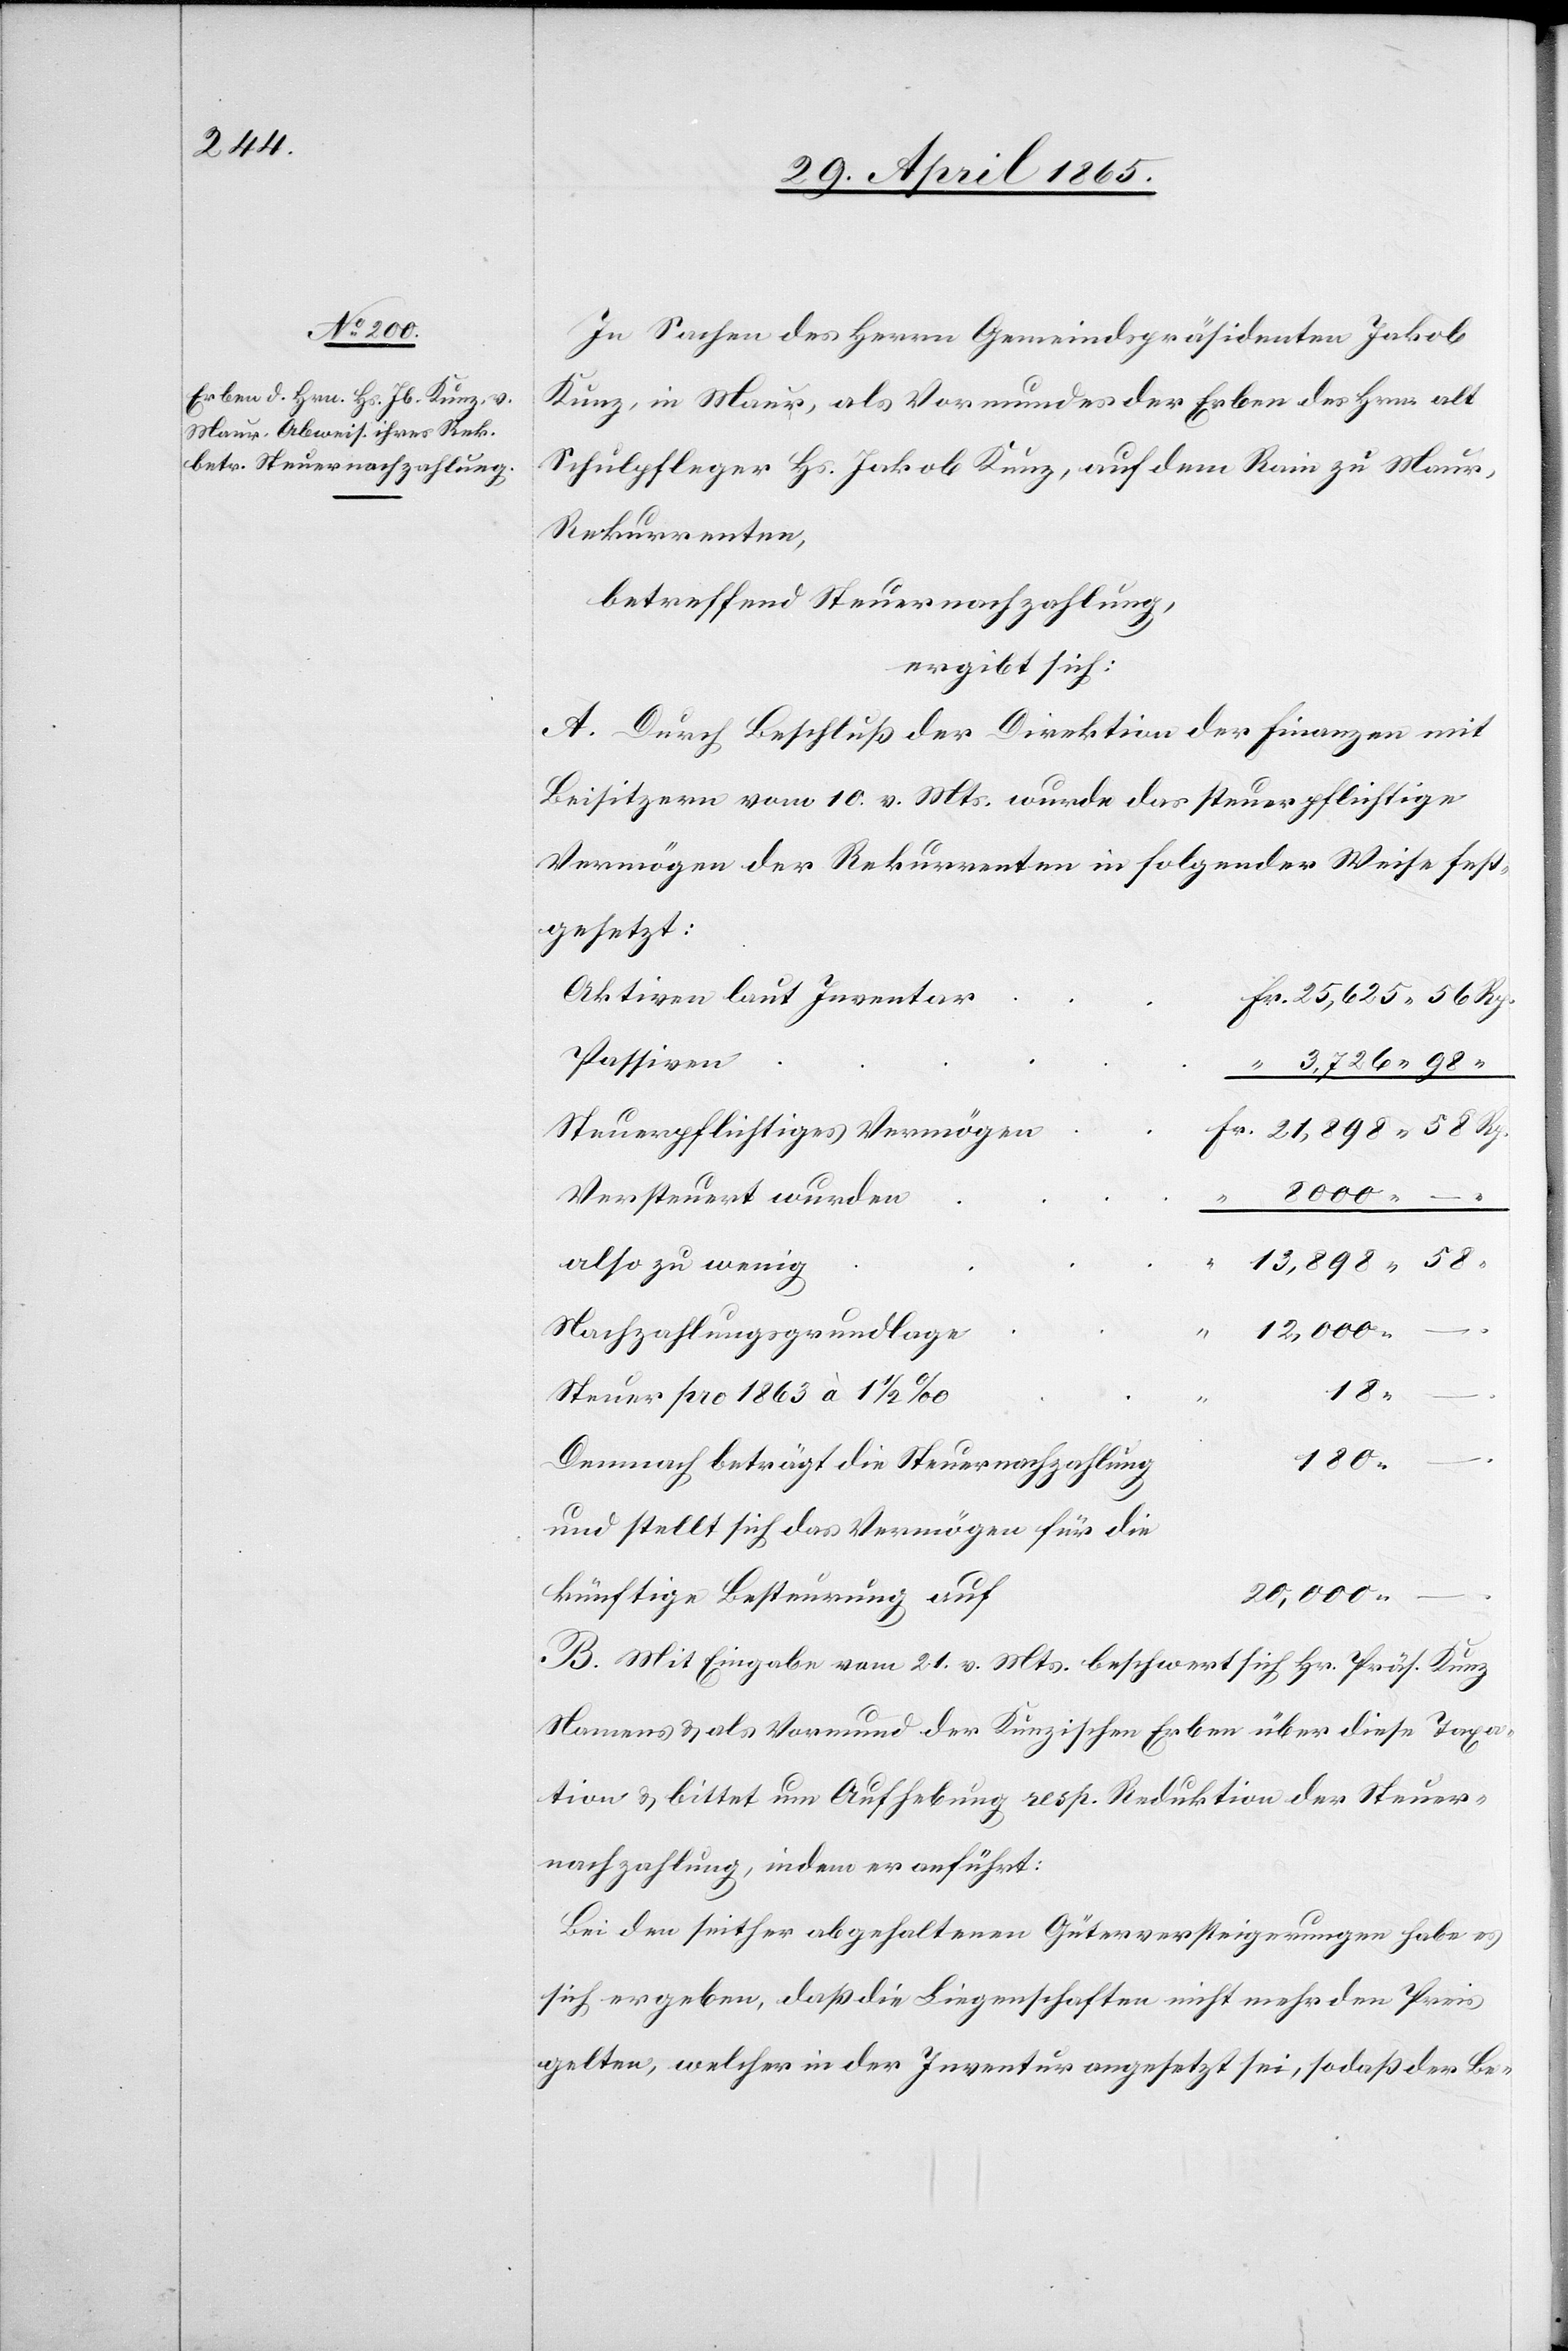
In Sachen des Herrn Gemeindspräsidenten Jakob
Kunz, in Maur, als Vormundes der Erben des Hrn. alt
Schulpfleger Hs. Jakob Kunz, auf dem Rain zu Maur,
Rekurrenten,
betreffend Steuernachzahlung,
ergibt sich:
A. Durch Beschluß der Direktion der Finanzen mit
Beisitzern vom 10. v. Mts. wurde das steuerpflichtige
Vermögen der Rekurrenten in folgender Weise fest¬
gesetzt:
Aktiven laut Inventar
Passiven
Steuerpflichtiges Vermögen
8000
Versteuert wurden
–
13,898
also zu wenig
12,000
“
Nachzahlungsgrundlage
“
18
Steuer pro 1863 à 1 ½ ‰
180
Demnach beträgt die Steuernachzahlung
und stellt sich das Vermögen für die
künftige Besteurung auf
20,000
B. Mit Eingabe vom 21. v. Mts. beschwert sich Hr. Präs. Kunz
Namens & als Vormund der Kunzischen Erben über diese Taxa¬
tion & bittet um Aufhebung resp. Reduktion der Steuer¬
nachzahlung, indem er anführt:
Bei den seither abgehaltenen Güterversteigerungen habe es
sich ergeben, daß die Liegenschaften nicht mehr den Preis
gelten, welcher in der Inventur angesetzt sei, sodaß der Be-